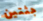
جثتين